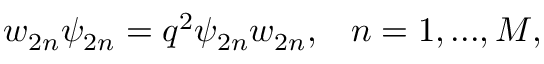
w _ { 2 n } \psi _ { 2 n } = q ^ { 2 } \psi _ { 2 n } w _ { 2 n } , \; \; \; n = 1 , . . . , M ,